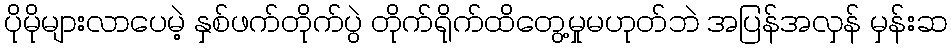
ပိုမိုများလာပေမဲ့ နှစ်ဖက်တိုက်ပွဲ တိုက်ရိုက်ထိတွေ့မှုမဟုတ်ဘဲ အပြန်အလှန် မှန်းဆ